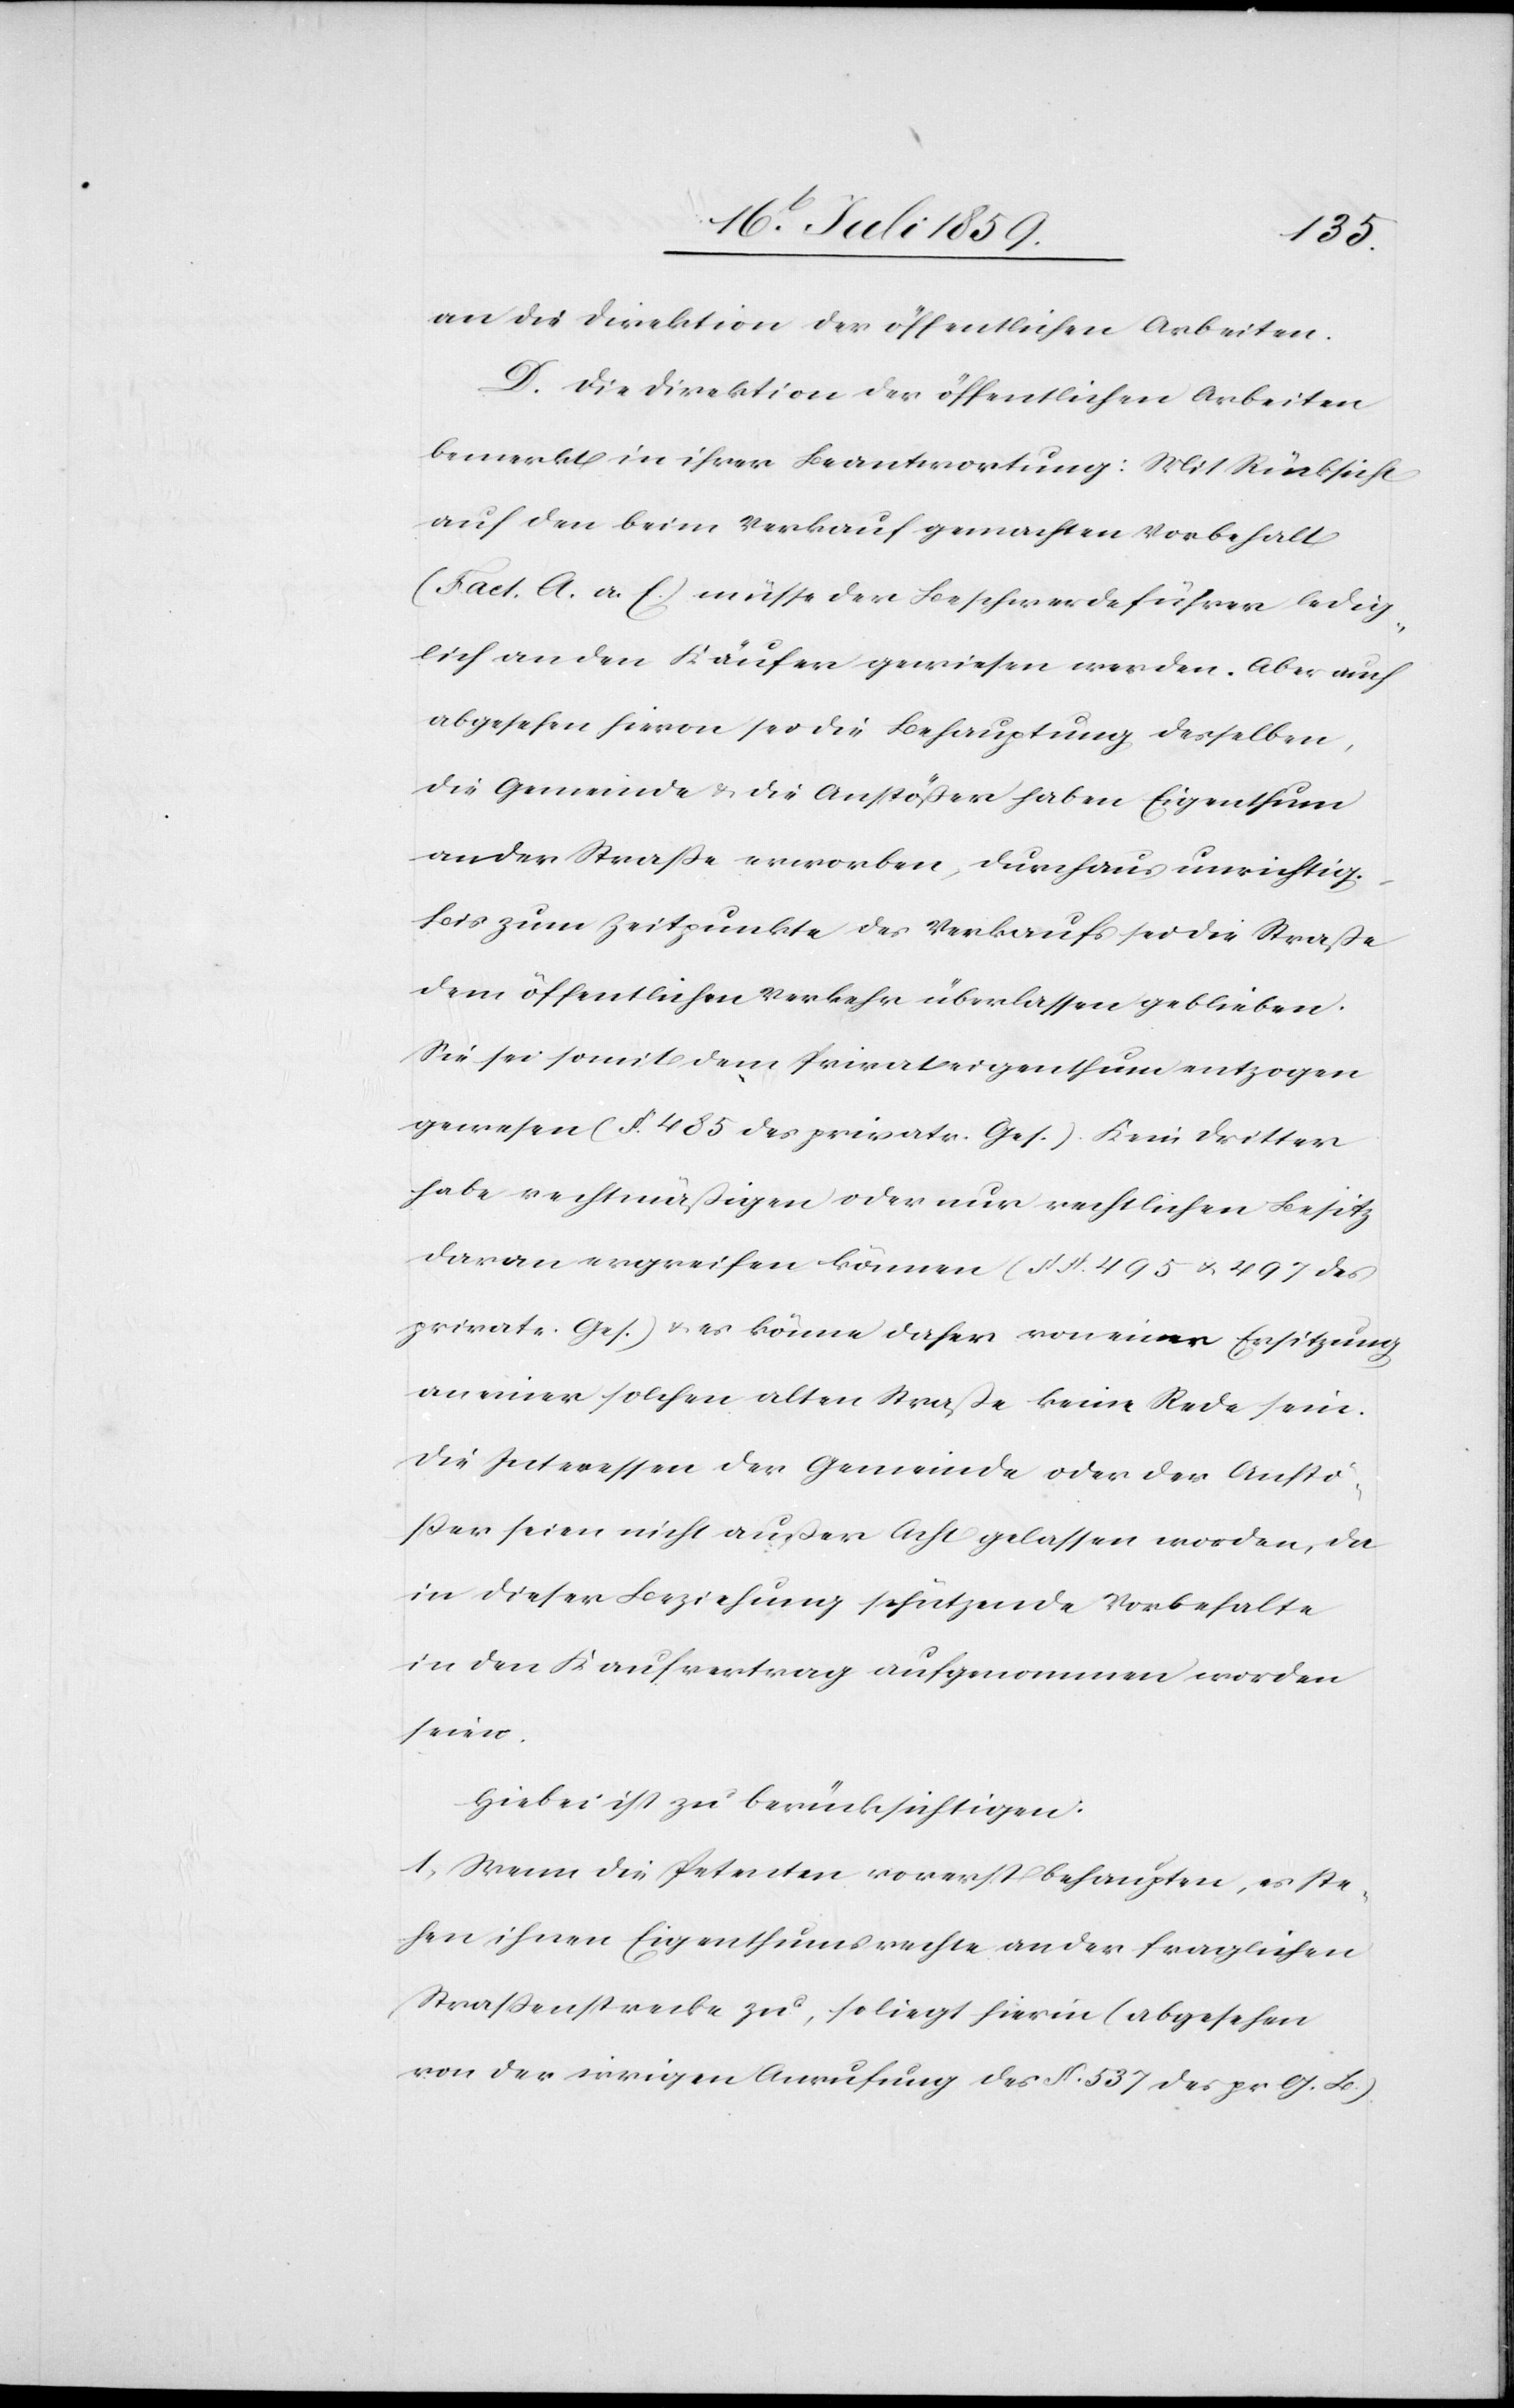
an die Direktion der öffentlichen Arbeiten.
D. Die Direktion der öffentlichen Arbeiten
bemerkt in ihrer Beantwortung: Mit Rücksicht
auf den beim Verkauf gemachten Vorbehalt
(Fact. A. a. E.) müsse der Beschwerdeführer ledig¬
lich an den Käufer gewiesen werden. Aber auch
abgesehen hievon sei die Behauptung desselben,
die Gemeinde u. die Anstößer haben Eigenthum
an der Straße erworben, durchaus unrichtig
bis zum Zeitpunkte des Verkaufs sei die Straße
dem öffentlichen Verkehr überlassen geblieben.
Sie sei somit dem Privateigenthum entzogen
gewesen (§ 485 des privatr. Ges.) Kein dritter
habe rechtmäßigen oder nur rechtlichen Besitz
daran ergreifen können (§§ 495 u. 497 des
privatr. Ges.) u. es könne daher von einer Ersitzung
an einer solchen alten Straße keine Rede sein.
Die Interessen der Gemeinde oder der Anstö¬
ßer seien nicht außer Acht gelassen worden, da
in dieser Beziehung schützende Vorbehalte
in den Kaufvertrag aufgenommen worden
seien.
Hiebei ist zu berücksichtigen:
1. Wenn die Petenten vorerst behaupten, es ste¬
hen ihnen Eigenthumsrechte an der fraglichen
Straßenstrecke zu, so liegt hierin (abgesehen
von der irrigen Anrufung des § 537 des pr. G. B)